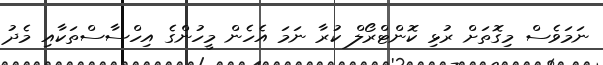
ނަމަވެސް މިގޮތަށް ރުޅި ކޮންޓްރޯލް ކުރާ ނަމަ އެހެން މީހުންގެ އިހްސާސްތަކާއި މެދު